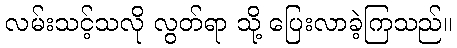
လမ်းသင့်သလို လွတ်ရာ သို့ ပြေးလာခဲ့ကြသည်။